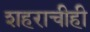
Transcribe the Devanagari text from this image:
शहराचीही